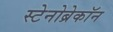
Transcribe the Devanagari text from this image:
स्टेनोब्रेकॉन